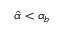
\hat { \alpha } < \alpha _ { b }